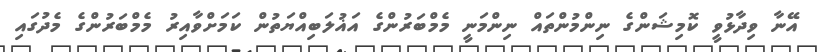
އޭނާ ވިދާޅުވީ ކޮމިޝަންގެ ނިންމުންތައް ނިންމަނީ މެމްބަރުންގެ އަޣުލަބިއްޔަތުން ކަމަށްވާއިރު މެމްބަރުންގެ މެދުގައި